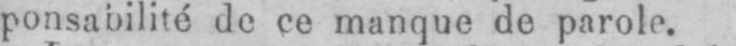
ponsabilité de ce manque de parole.